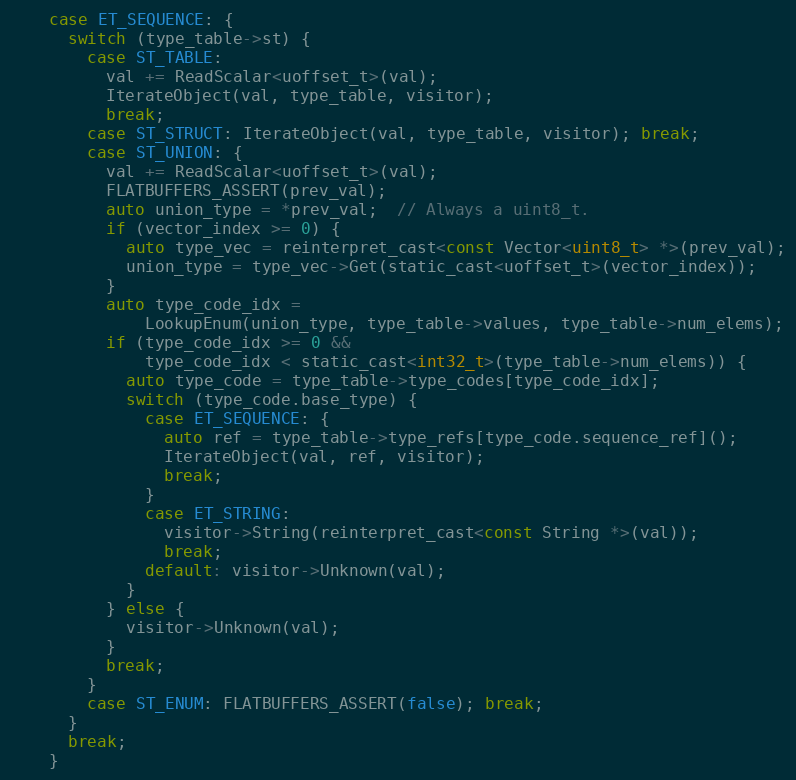
Language: C
    case ET_SEQUENCE: {
      switch (type_table->st) {
        case ST_TABLE:
          val += ReadScalar<uoffset_t>(val);
          IterateObject(val, type_table, visitor);
          break;
        case ST_STRUCT: IterateObject(val, type_table, visitor); break;
        case ST_UNION: {
          val += ReadScalar<uoffset_t>(val);
          FLATBUFFERS_ASSERT(prev_val);
          auto union_type = *prev_val;  // Always a uint8_t.
          if (vector_index >= 0) {
            auto type_vec = reinterpret_cast<const Vector<uint8_t> *>(prev_val);
            union_type = type_vec->Get(static_cast<uoffset_t>(vector_index));
          }
          auto type_code_idx =
              LookupEnum(union_type, type_table->values, type_table->num_elems);
          if (type_code_idx >= 0 &&
              type_code_idx < static_cast<int32_t>(type_table->num_elems)) {
            auto type_code = type_table->type_codes[type_code_idx];
            switch (type_code.base_type) {
              case ET_SEQUENCE: {
                auto ref = type_table->type_refs[type_code.sequence_ref]();
                IterateObject(val, ref, visitor);
                break;
              }
              case ET_STRING:
                visitor->String(reinterpret_cast<const String *>(val));
                break;
              default: visitor->Unknown(val);
            }
          } else {
            visitor->Unknown(val);
          }
          break;
        }
        case ST_ENUM: FLATBUFFERS_ASSERT(false); break;
      }
      break;
    }